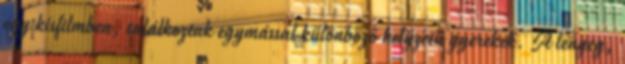
egy kisfilmben, találkoztak egymással különböző helyzetű gyerekek. A lényeg,